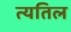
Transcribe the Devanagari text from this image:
त्यतिल